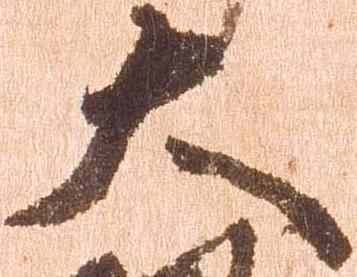
大